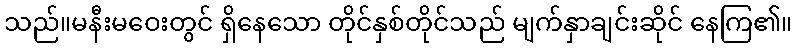
သည်။မနီးမဝေးတွင် ရှိနေသော တိုင်နှစ်တိုင်သည် မျက်နှာချင်းဆိုင် နေကြ၏။